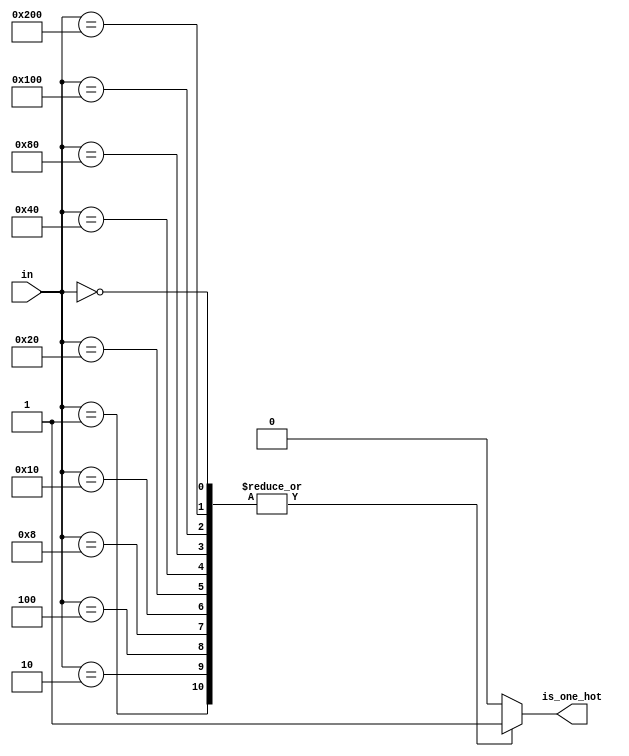
`timescale 1ns / 1ps
/* one_hot_detect.v
 *
 * Drives 0 if there are more than one 1s in the input and 1 otherwise
 */
module one_hot_detect (
    in,
    is_one_hot
);
    parameter WIDTH = 10;

    input      [WIDTH-1: 0] in;
    output                  is_one_hot;

    reg out;
    assign is_one_hot = out;

    // For now this only works for 10-bit
    // psl ERROR_unsupported_1hot_detect_size: assert always {WIDTH == 10};

    always @(*)
    begin
        case (in)
            10'b00_0000_0001: out = 1'b1;
            10'b00_0000_0010: out = 1'b1;
            10'b00_0000_0100: out = 1'b1;
            10'b00_0000_1000: out = 1'b1;
            10'b00_0001_0000: out = 1'b1;
            10'b00_0010_0000: out = 1'b1;
            10'b00_0100_0000: out = 1'b1;
            10'b00_1000_0000: out = 1'b1;
            10'b01_0000_0000: out = 1'b1;
            10'b10_0000_0000: out = 1'b1;
            10'b00_0000_0000: out = 1'b1;
            default: out = 1'b0;
        endcase
    end
endmodule